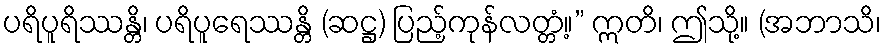
ပရိပူရိဿန္တိ၊ ပရိပူရေဿန္တိ (ဆဋ္ဌ) ပြည့်ကုန်လတ္တံ့။” ဣတိ၊ ဤသို့။ (အဘာသိ၊